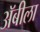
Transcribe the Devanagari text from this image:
अॅबीला